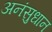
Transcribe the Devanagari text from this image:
अनंसुधान